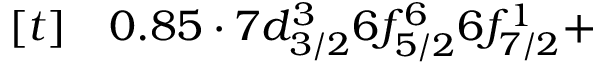
\begin{array} { r l } { [ t ] } & { { } 0 . 8 5 \cdot 7 d _ { 3 / 2 } ^ { 3 } 6 f _ { 5 / 2 } ^ { 6 } 6 f _ { 7 / 2 } ^ { 1 } + } \end{array}